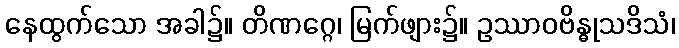
နေထွက်သော အခါ၌။ တိဏဂ္ဂေ၊ မြက်ဖျား၌။ ဥဿာဝဗိန္ဓုသဒိသံ၊